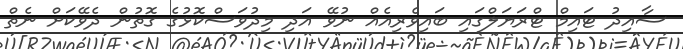
ސާއިދު ޓައިމް ޓްރަޔަލްގައި ބައިވެރިއެއް ނުވޭ އަދި މިދުވަސްކޮޅުގެ ގޮތުން ދެވޭކަށް ނެތް